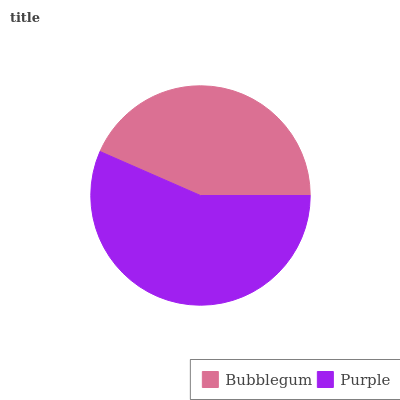
| Bubblegum | Purple |
 | --- | --- |
 | 43.5% | 56.5% |